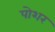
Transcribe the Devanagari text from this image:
पोशर